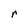
Character: r